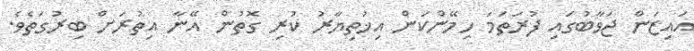
އައިޒަން ޖަވާބުގައި ފުރަތަމަ ހިމޭންކަން އިޚުތިޔާރު ކުރި ގޮތުން އޭނާ އިތުރަށް ބިރުގަތެވެ.